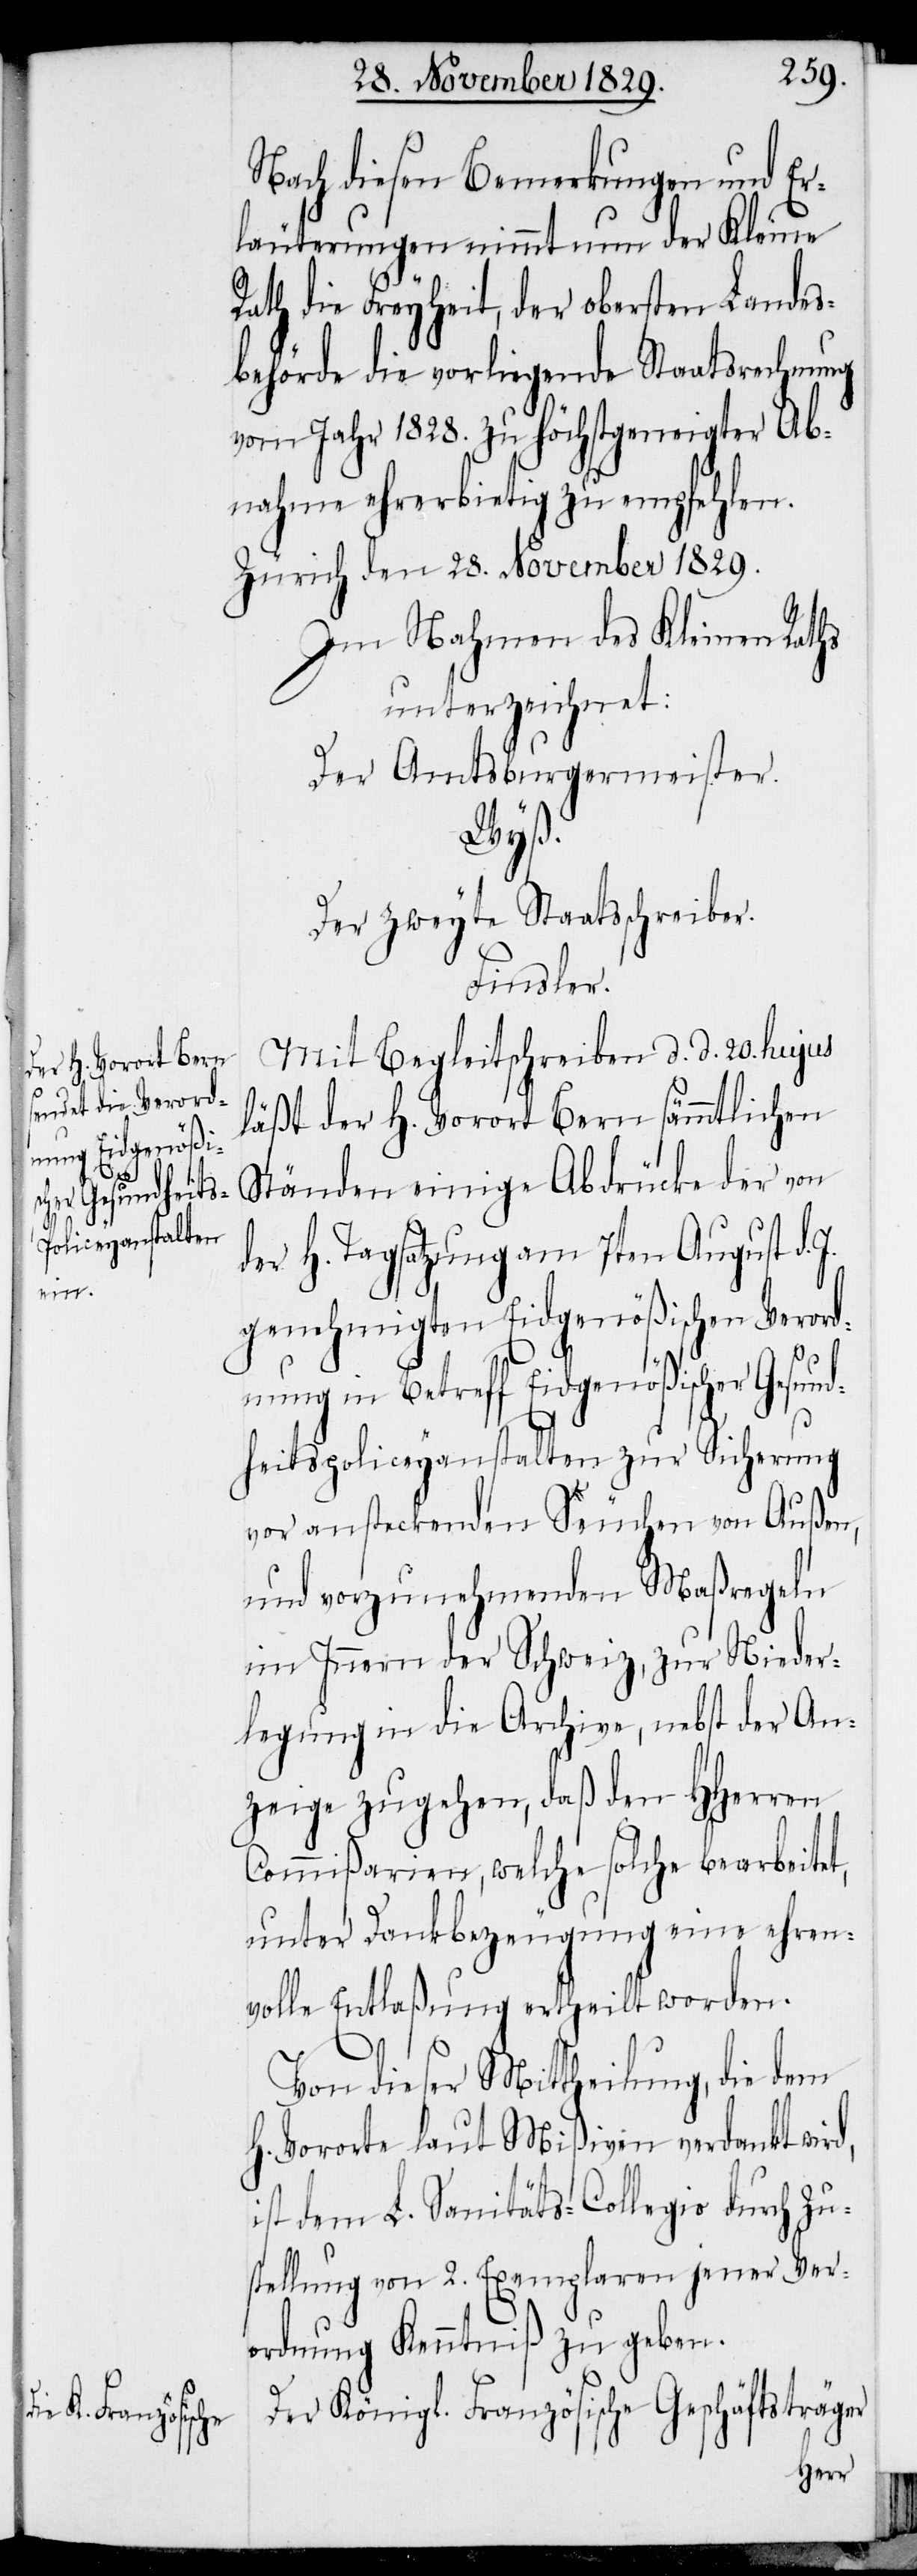
Nach diesen Bemerkungen und Er¬
läuterungen nimmt nun der Kleine
Rath die Freyheit, der obersten Landes¬
behörde die vorliegende Staatsrechnung
vom Jahr 1828. zu höchstgeneigter Ab¬
nahme ehrerbietig zu empfehlen.
Zürich den 28. November 1829.
Im Nahmen des Kleinen Raths
unterzeichnet:
Der Amtsburgermeister.
Wyß.
Der zweyte Staatsschreiber.
Finsler.
Mit Begleitschreiben d. d. 20. hujus
läßt der H. Vorort Bern sämmtlichen
Ständen einige Abdrücke der von
der H. Tagsatzung am 7ten August d.
genehmigten Eidgenößischen Verord¬
nung in Betreff Eidgenößischer Gesund¬
heitspoliceyanstalten zur Sicherung
vor ansteckenden Seuchen von Außen,
und vorzunehmenden Maßregeln
im Innern der Schweiz, zur Nieder¬
legung in die Archive, nebst der An¬
zeige zugehen, daß den HHerren
Commißarien, welche solche bearbeitet,
unter Dankbezeugung eine ehren¬
volle Entlaßung ertheilt worden.
Von dieser Mittheilung, die dem
H. Vororte laut Mißiven verdankt wird,
ist dem L. Sanitäts-Collegio durch Zu¬
stellung von 2. Exemplaren jener Ver¬
ordnung Kenntniß zu geben.
Der Königl. Französische Geschäftsträger